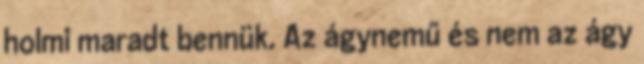
holmi maradt bennük. Az ágynemű és nem az ágy